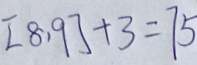
[ 8 , 9 ] + 3 = 7 5